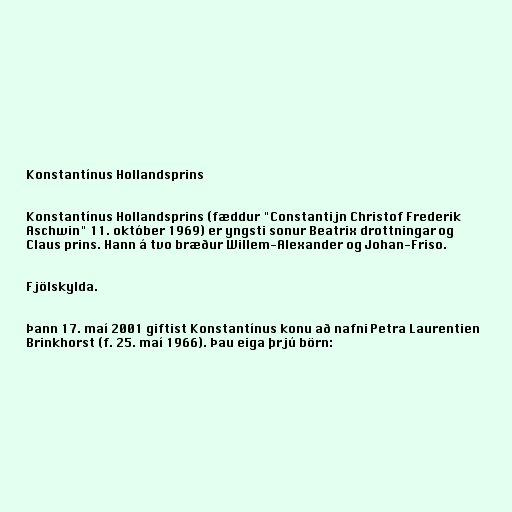
Konstantínus Hollandsprins

Konstantínus Hollandsprins (fæddur "Constantijn Christof Frederik
Aschwin" 11. október 1969) er yngsti sonur Beatrix drottningar og
Claus prins. Hann á tvo bræður Willem-Alexander og Johan-Friso.

Fjölskylda.

Þann 17. maí 2001 giftist Konstantínus konu að nafni Petra Laurentien
Brinkhorst (f. 25. maí 1966). Þau eiga þrjú börn: